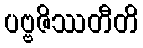
ပဗ္ဗဇိဿတီတိ